Annual administration report of the Civil Veterinary Department, Ajmere-Merwara, British Rajputana - 1914-1940
Year: 1914
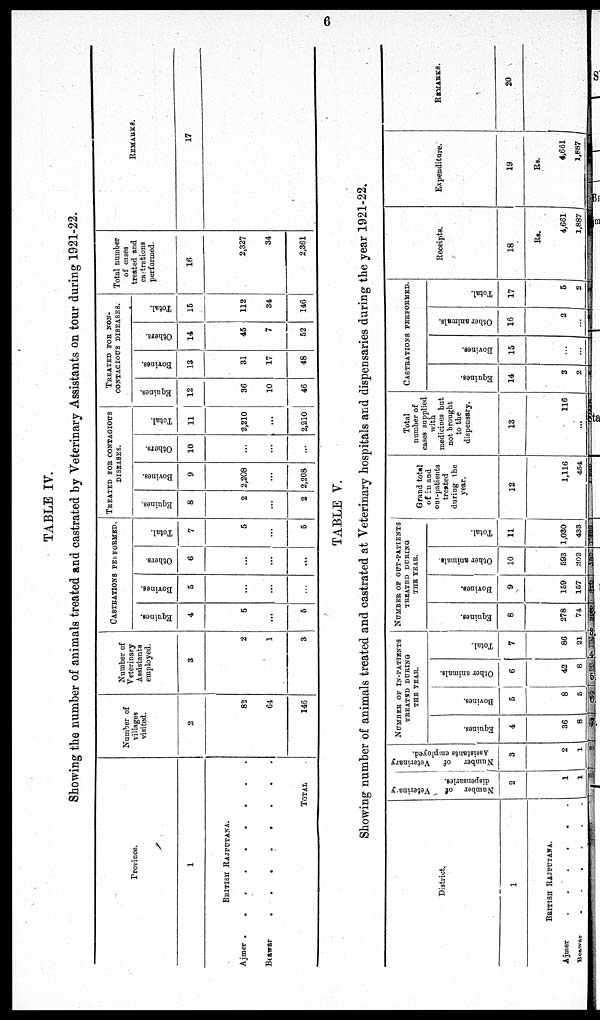
6
TABLE IV.
Showing the number of animals treated and castrated by Veterinary Assistants on tour during 1921-22.
Province.
1
BRITISH RAJPUTANA.
Ajmer .
. . . . . . .
Beawar
. . . . . . .
TOTAL
Number of
villages
visited.
2
82
64
146
Number of
Veterinary
Assistants
employed.
3
2
1
3
CASTRATIONS PERFORMED.
Equines.
4
5
...
5
Bovines.
5
...
...
...
Others.
6
...
...
...
Total.
7
5
...
5
TREATED FOR CONTAGIOUS
DISEASES.
Equines.
8
2
...
2
Bovines.
9
2,208
...
2,208
Others.
10
...
...
...
Total.
11
2,210
...
2,210
TREATED FOR NON-
---------- DISEASES.
Equines.
12
36
10
46
Bovines.
13
31
17
48
Others.
14
45
7
52
Total.
15
112
34
146
Total number
of cases
treated and
castrations
performed.
16
2,327
34
2,361
REMARKS.
17
TABLE V.
Showing number of animals treated and castrated at Veterinary hospitals and dispensaries during the year 1921-22.
District.
1
BRITISH RAJPUTANA.
Ajmer
. . . . . .
Bowar
. . . . . . .
Number
of
Veterinary
dispensaries.
2
1
1
Number
of
Veterinary
Assistants employed.
3
2
1
NUMBER OF IN-PATIENTS
TREATED DURING
THE YEAR.
Equines.
4
36
8
Bovines.
5
8
5
Other animals.
6
42
8
Total.
7
86
21
NUMBER OP OUT-PATIENTS
TREATED DURING
THE YEAR.
Equines.
8
278
74
Bovines.
9
159
157
Other animals.
10
593
202
Total.
11
1,030
433
Grand total
of in and
out-patients
treated
during the
year.
12
1,116
454
Total
number of
cases supplied
with
medicines but
not brought
to the
dispensary.
13
116
...
CASTRATIONS PERFORMED.
Equines.
14
3
2
Bovines.
15
...
...
Other animals.
16
2
...
Total.
17
5
2
Receipts.
18
Rs.
4,661
1,887
Expenditure.
19
Rs.
4,661
1,887
REMARKS.
20